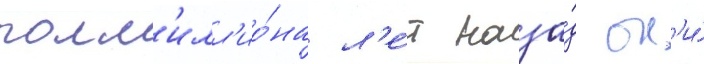
полм'илл'ио́на л'е́т наза́д он'и́